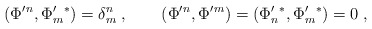
\begin{align*}(\Phi'{}^n,\Phi'_m{}^*)=\delta^n_m\;,\qquad(\Phi'{}^n,\Phi'{}^m)=(\Phi'_n{}^*,\Phi'_m{}^*)=0\;,\end{align*}